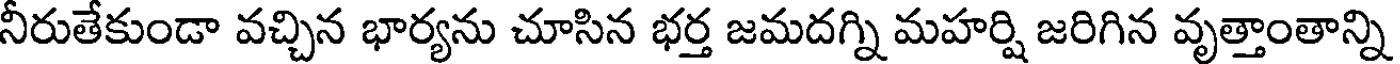
నీరుతేకుండా వచ్చిన భార్యను చూసిన భర్త జమదగ్ని మహర్షి జరిగిన వృత్తాంతాన్ని